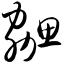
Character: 勰